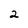
Character: 2